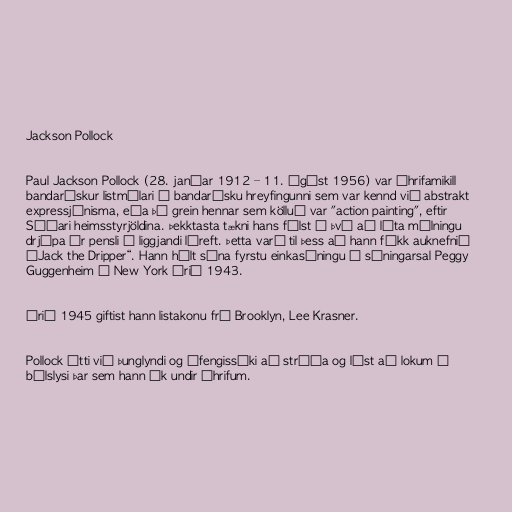
Jackson Pollock

Paul Jackson Pollock (28. janúar 1912 – 11. ágúst 1956) var áhrifamikill
bandarískur listmálari í bandarísku hreyfingunni sem var kennd við abstrakt
expressjónisma, eða þá grein hennar sem kölluð var "action painting", eftir
Síðari heimsstyrjöldina. Þekktasta tækni hans fólst í því að láta málningu
drjúpa úr pensli á liggjandi léreft. Þetta varð til þess að hann fékk auknefnið
„Jack the Dripper“. Hann hélt sína fyrstu einkasýningu í sýningarsal Peggy
Guggenheim í New York árið 1943.

Árið 1945 giftist hann listakonu frá Brooklyn, Lee Krasner.

Pollock átti við þunglyndi og áfengissýki að stríða og lést að lokum í
bílslysi þar sem hann ók undir áhrifum.